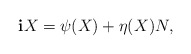
\begin{align*}\mathbf{i} X=\psi(X)+\eta(X)N,\end{align*}